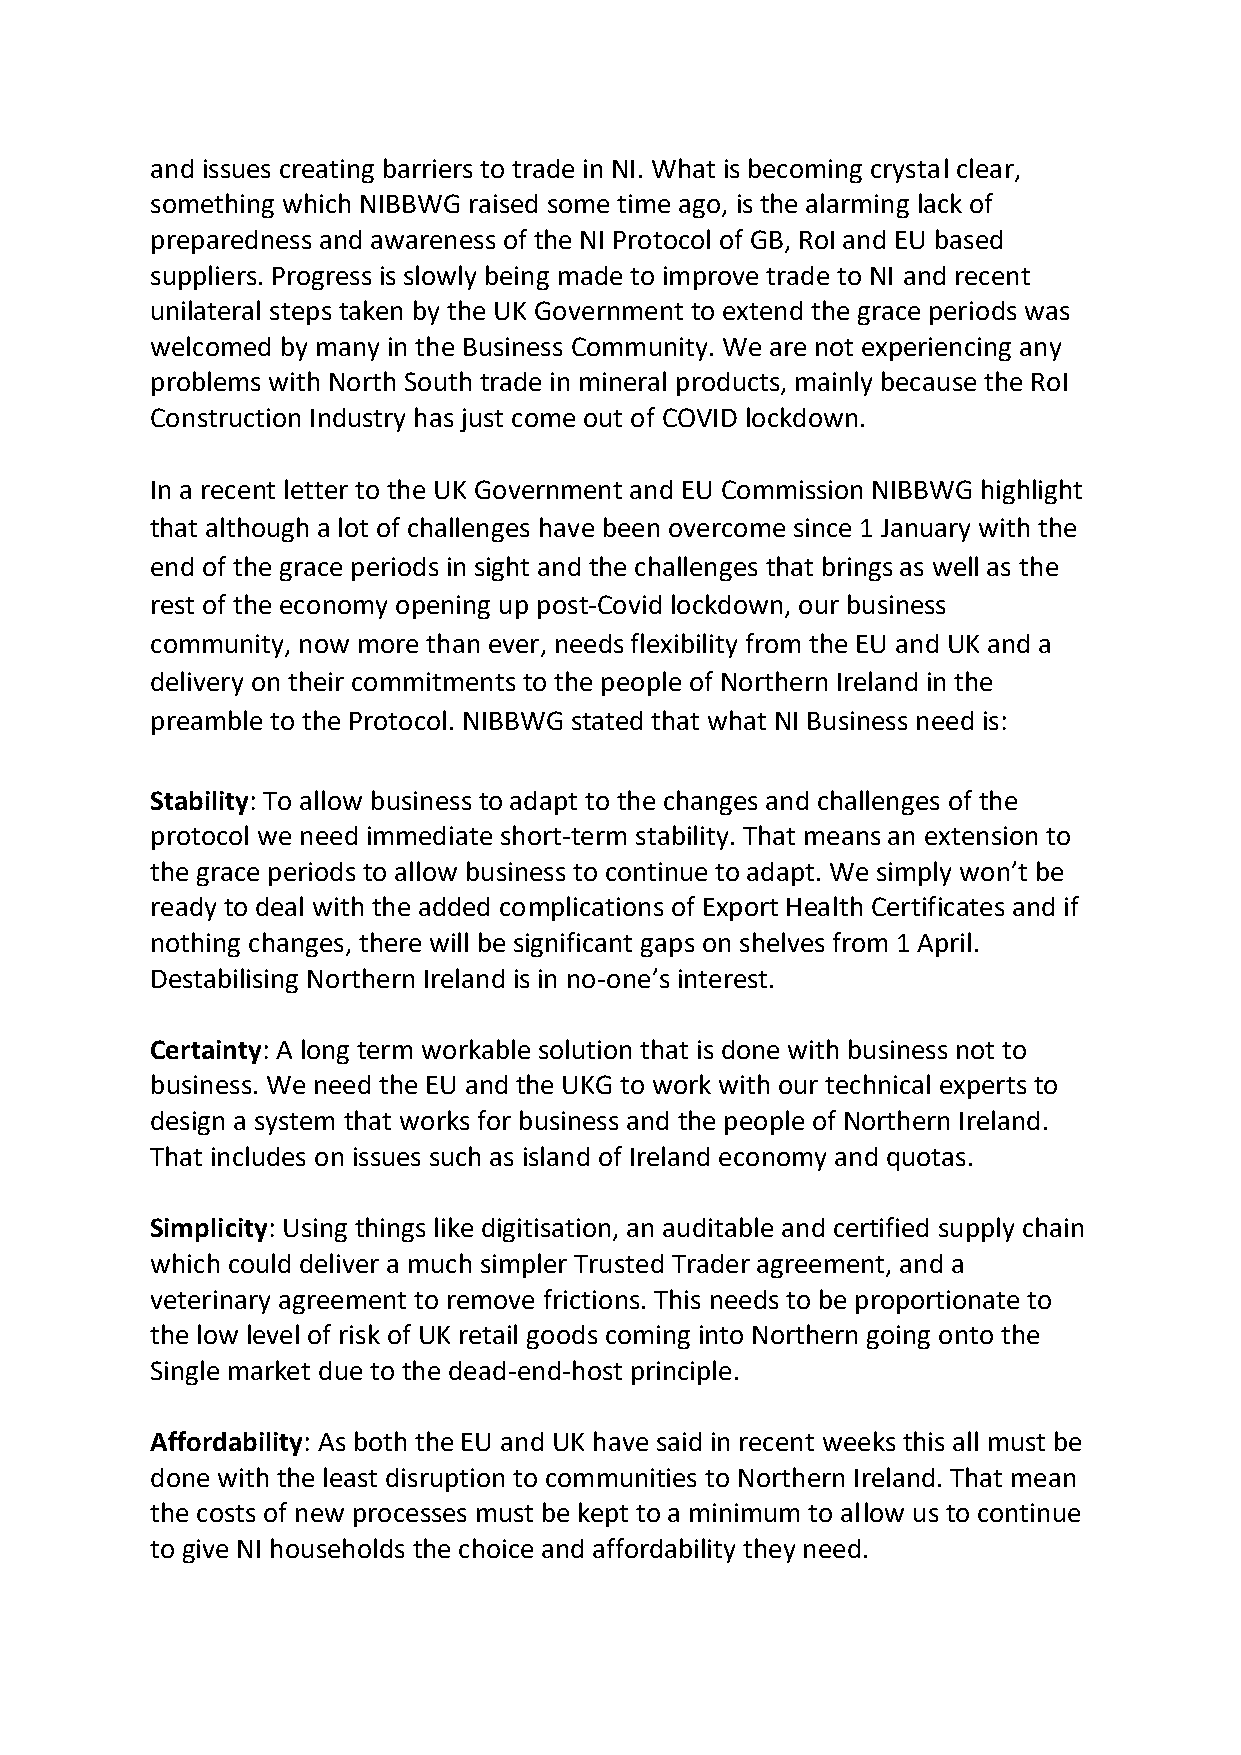
and issues creating barriers to trade in NI. What is becoming crystal clear,
 something which NIBBWG raised some time ago, is the alarming lack of
 preparedness and awareness of the NI Protocol of GB, RoI and EU based
 suppliers. Progress is slowly being made to improve trade to NI and recent
 unilateral steps taken by the UK Government to extend the grace periods was
 welcomed by many in the Business Community. We are not experiencing any
 problems with North South trade in mineral products, mainly because the RoI
 Construction Industry has just come out of COVID lockdown.
 In a recent letter to the UK Government and EU Commission NIBBWG highlight
 that although a lot of challenges have been overcome since 1 January with the
 end of the grace periods in sight and the challenges that brings as well as the
 rest of the economy opening up post-Covid lockdown, our business
 community, now more than ever, needs flexibility from the EU and UK and a
 delivery on their commitments to the people of Northern Ireland in the
 preamble to the Protocol. NIBBWG stated that what NI Business need is:
 Stability: To allow business to adapt to the changes and challenges of the
 protocol we need immediate short-term stability. That means an extension to
 the grace periods to allow business to continue to adapt. We simply won’t be
 ready to deal with the added complications of Export Health Certificates and if
 nothing changes, there will be significant gaps on shelves from 1 April.
 Destabilising Northern Ireland is in no-one’s interest.
 Certainty: A long term workable solution that is done with business not to
 business. We need the EU and the UKG to work with our technical experts to
 design a system that works for business and the people of Northern Ireland.
 That includes on issues such as island of Ireland economy and quotas.
 Simplicity: Using things like digitisation, an auditable and certified supply chain
 which could deliver a much simpler Trusted Trader agreement, and a
 veterinary agreement to remove frictions. This needs to be proportionate to
 the low level of risk of UK retail goods coming into Northern going onto the
 Single market due to the dead-end-host principle.
 Affordability: As both the EU and UK have said in recent weeks this all must be
 done with the least disruption to communities to Northern Ireland. That mean
 the costs of new processes must be kept to a minimum to allow us to continue
 to give NI households the choice and affordability they need.